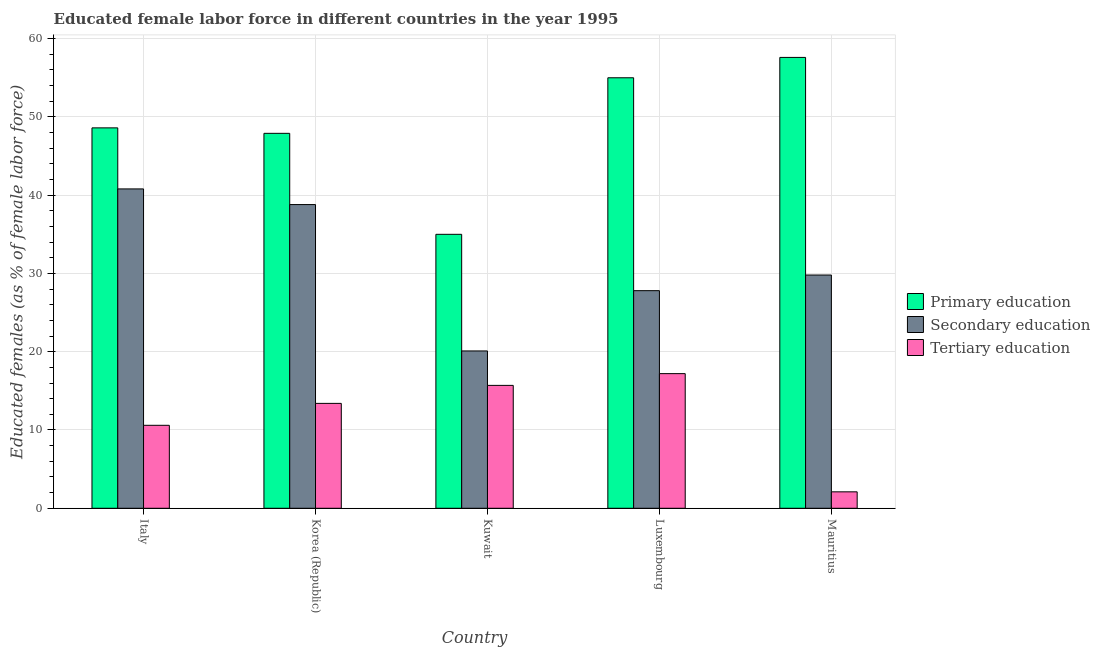
| Country | Primary education | Secondary education | Tertiary education |
 | --- | --- | --- | --- |
 | Italy | 48.6 | 40.8 | 10.6 |
 | Korea (Republic) | 47.9 | 38.8 | 13.4 |
 | Kuwait | 35 | 20.1 | 15.7 |
 | Luxembourg | 55 | 27.8 | 17.2 |
 | Mauritius | 57.6 | 29.8 | 2.1 |